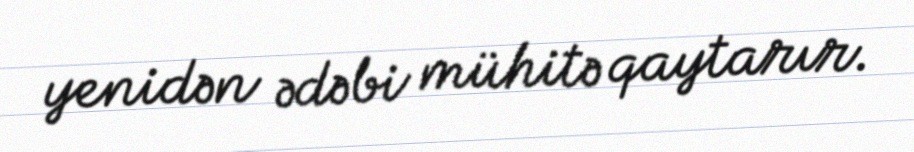
yenidən ədəbi mühitə qaytarır.